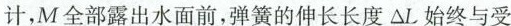
计，M全部露出水面前，弹簧的伸长长度△L始终与受到